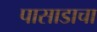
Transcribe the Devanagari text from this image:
पासाडाचा